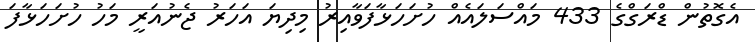
އެގޮތުން ޑްރަގްގެ 433 މައްސަލައެއް ހުށަހަޅާފަވާއިރު މިދިޔަ އަހަރު ޖެނުއަރީ މަހު ހުށަހަޅާފަ